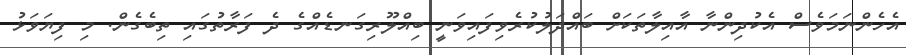
އެހެންނަމަވެސް އެކުދިންނާ އާއިލާތަކަށް ބައްދަލުކުރެވިފައިވަނީ ބިއްލޫރިގަނޑެއްގެ ދެ ފަރާތުގައި ތިބެގެން. މި ފިޔަވަޅު